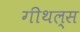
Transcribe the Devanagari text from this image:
गीथल्स